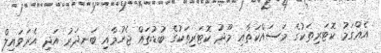
އެއްގަމު ކޮޓަރިތަކުގެ މަސައްކަތާއި މޫދު ކޮޓަރިތަކުގެ ބުޑުތައް ޖެހުމާއި ބަނދަރު އަދި އެރަވައިލް